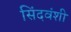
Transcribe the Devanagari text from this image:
सिंदवंशी